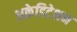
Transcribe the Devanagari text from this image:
अक्रेडिटेशन